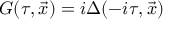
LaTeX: G ( \tau , \vec { x } ) = i \Delta ( - i \tau , \vec { x } )